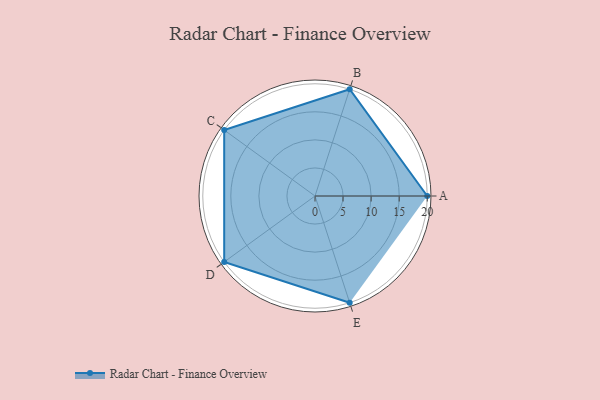
{"axis": {"x": "Skill", "y": "Score"}, "legend": ["Profile"], "data": [{"x": "A", "y": 20, "type": "Profile"}, {"x": "B", "y": 20, "type": "Profile"}, {"x": "C", "y": 20, "type": "Profile"}, {"x": "D", "y": 20, "type": "Profile"}, {"x": "E", "y": 20, "type": "Profile"}]}